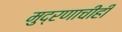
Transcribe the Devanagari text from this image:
मुद्रणाचीही